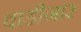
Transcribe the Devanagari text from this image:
वाडीनार